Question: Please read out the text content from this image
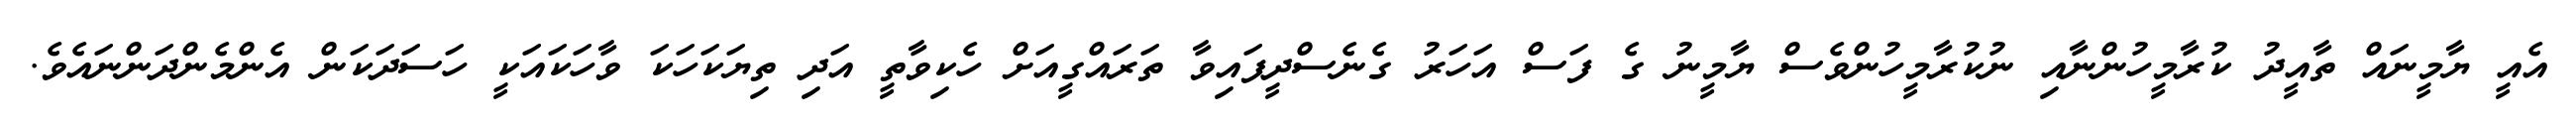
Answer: އެއީ ޔާމީނައް ތާއީދު ކުރާމީހުންނާއި ނުކުރާމީހުންވެސް ޔާމީނު ގެ ފަސް އަހަރު ގެނެސްދީފައިވާ ތަރައްގީއަށް ހެކިވާތީ އަދި ތިޔަކަހަކަ ވާހަކައަކީ ހަސަދަކަން އެންމެންދަންނައެވެ.